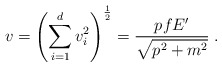
\begin{align*}v = \left( \sum_{i = 1}^d v_i^2 \right)^{\frac{1}{2}} = \frac{p f E'}{\sqrt{p^2 + m^2}} \; .\end{align*}